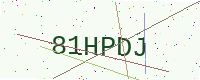
Text: 81HPDJ